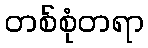
တစ်စုံတရာ